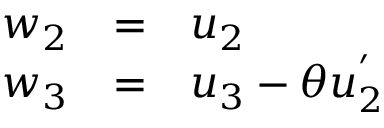
\begin{array} { l c l } { { w _ { 2 } } } & { { = } } & { { u _ { 2 } } } \\ { { w _ { 3 } } } & { { = } } & { { u _ { 3 } - \theta u _ { 2 } ^ { ' } } } \end{array}